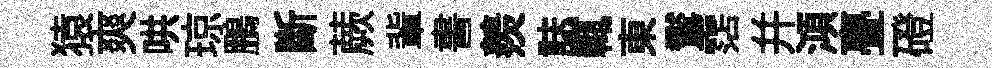
猿爽哄琼鵬斷蕨軰書羨誌輒東鸑霑幷澒亹磴